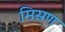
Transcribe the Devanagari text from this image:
मिस्रण